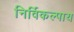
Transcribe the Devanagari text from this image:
निर्विकल्पाय